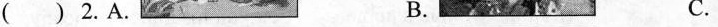
( ) 2. A. B. C.